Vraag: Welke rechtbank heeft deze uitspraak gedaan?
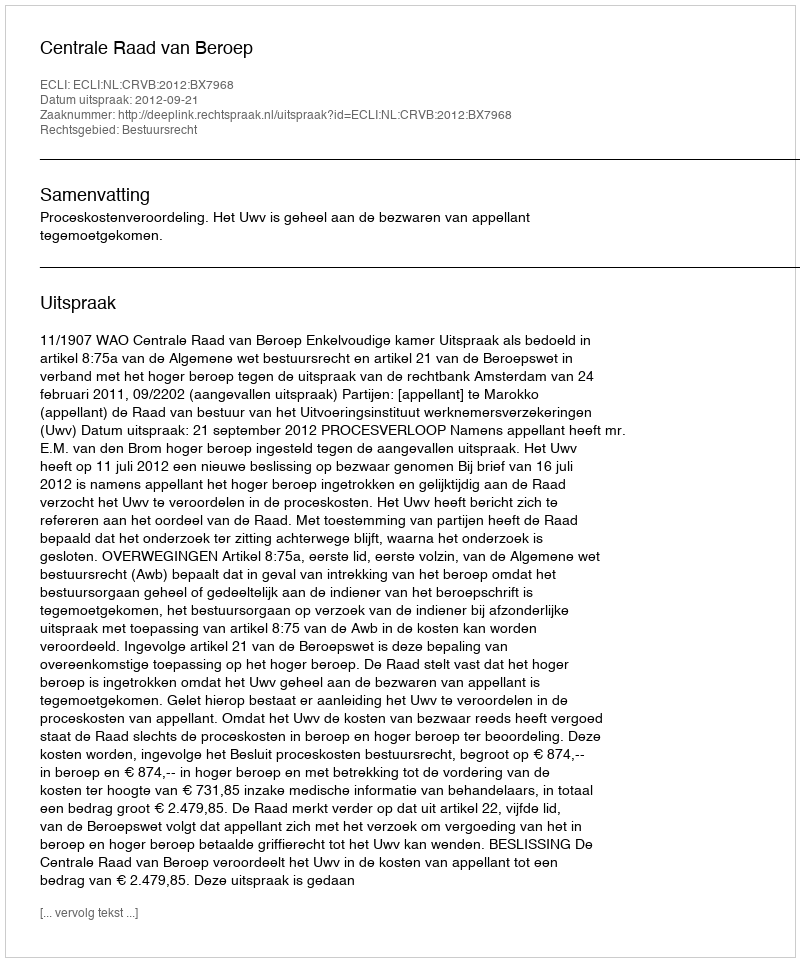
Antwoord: Centrale Raad van Beroep